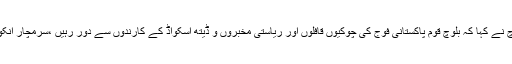
جنکو نشان عبرت بنایا گیا،گہرام بلوچ نے کہا کہ بلوچ قوم پاکستانی فوج کی چوکیوں قافلوں اور ریاستی مخبروں و ڈیتھ اسکواڈ کے کارندوں سے دور رہیں ،سرمچار انکو کسی بھی وقت نشانہ بنا سکتے ہیں۔